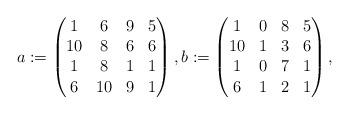
LaTeX: \begin{align*}a:=\begin{pmatrix}1&6&9&5\\10&8&6&6\\1&8&1&1\\6&10&9&1\end{pmatrix}, b:=\begin{pmatrix}1&0&8&5\\10&1&3&6\\1&0&7&1\\6&1&2&1\end{pmatrix},\end{align*}